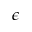
\epsilon